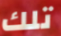
تلك